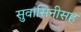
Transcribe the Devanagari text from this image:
सुवासिनीसह